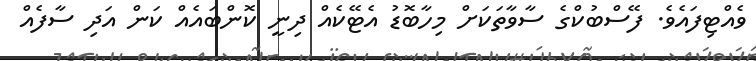
ވެއްޓިފައެވެ. ފޭސްބުކްގެ ސާވާތަކަށް މިހާބޮޑު އެޓޭކެއް ދިނީ ކޮންބައެއް ކަން އަދި ސާފެއް